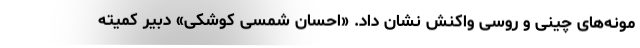
مونه‌های چینی و روسی واکنش نشان داد. «احسان شمسی کوشکی» دبیر کمیته